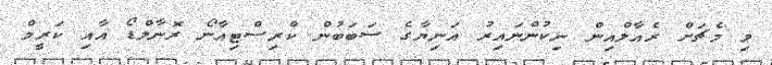
މި މެޗަށް ރެއާލްއިން ނިކުންނައިރު އަނިޔާގެ ސަބަބުން ކްރިސްޓިއާނޯ ރޮނާލްޑޯ އާއި ކަރީމް